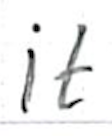
Text: it
Cross-out: clean
Writing tool: ballpoint